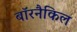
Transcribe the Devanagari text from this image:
बॉरनैकिल